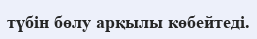
түбін бөлу арқылы көбейтеді.